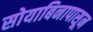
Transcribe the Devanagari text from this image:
सोयाबिनापासून